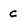
Character: c